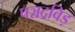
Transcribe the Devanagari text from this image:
पञ्चद्रविड़